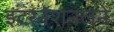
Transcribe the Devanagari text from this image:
इंटरनॅशनलने